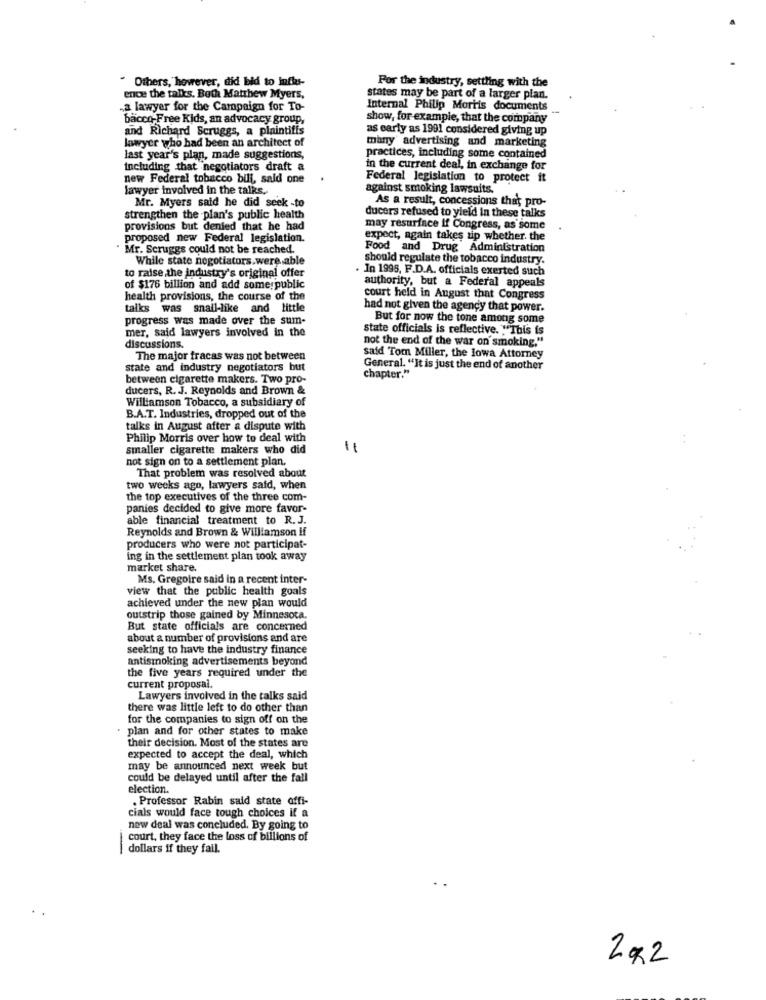
For the industry, settling with the
. Others, however, did bid to influs-
ence the talks. Both Matthew Myers,
states may be part of a larger plan.
,a lawyer for the Campaign for To-
Internal Philip Morris documents
bacco-Free Kids, an advocacy group,
show, for example, that the company
and Richard Scruggs, a plaintiffs
as early as 1991 considered giving up
lawyer who had been an architect of
many' advertising and marketing
last year's plan, made suggestions,
practices, including some contained
including that negotiators draft a
in the current deal, in exchange for
new Federal tobacco bill, said one
Federal legislation to protect it
lawyer involved in the talks,
against smoking lawsuits.
Mr. Myers said he did seek -to
As a result, concessions that pro-
strengthen the plan's public health
ducers refused to yield in these talks
provisions but denied that he had
may resurface If Congress, as some
proposed new Federal legislation.
expect, again takes zip whether. the
Mr. Scruggs could not be reached.
Food and Drug Administration
While state negotiators.were able
should regulate the tobacco industry.
. In 1995, F.D.A. officials exerted such
to raise the industry's original offer
authority, but a Federal appeals
of $176 billion and add some public
health provisions, the course of the
court held in August that Congress
talks was snail-like and little
had not given the agency that power.
progress was made over the sum-
But for now the tone among some
mer, said lawyers involved in the
state officials is reflective. This is
discussions.
not the end of the war on smoking."
The major fracas was not between
said Tom Miller, the lowa Attorney
state and industry negotiators but
General. "It is just the end of another
between cigarette makers. Two pro-
chapter."
ducers, R. J. Reynolds and Brown &
Williamson Tobacco, a subsidiary of
B.A.T. Industries, dropped out of the
talks in August after a dispute with
Philip Morris over how to deal with
smaller cigarette makers who did
not sign on to a settlement plan.
That problem was resolved about
two weeks ago, lawyers said, when
the top executives of the three com-
panies decided to give more favor-
able financial treatment to R.J.
Reynolds and Brown & Williamson if
producers who were not participat-
ing in the settlement plan took away
market share.
Ms. Gregoire said in a recent inter-
view that the public health goals
achieved under the new plan would
outstrip those gained by Minnesota.
But state officials are concerned
about a number of provisions and are
seeking to have the industry finance
antismoking advertisements beyond
the five years required under the
current proposal.
Lawyers involved in the talks said
there was little left to do other than
for the companies to sign off on the
plan and for other states to make
their decision. Most of the states are
expected to accept the deal, which
may be announced next week but
could be delayed until after the fall
election.
. Professor Rabin said state offi-
cials would face tough choices if a
new deal was concluded. By going to
court, they face the loss of billions of
-
dollars if they fail.
292